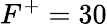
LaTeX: F^{+}=30